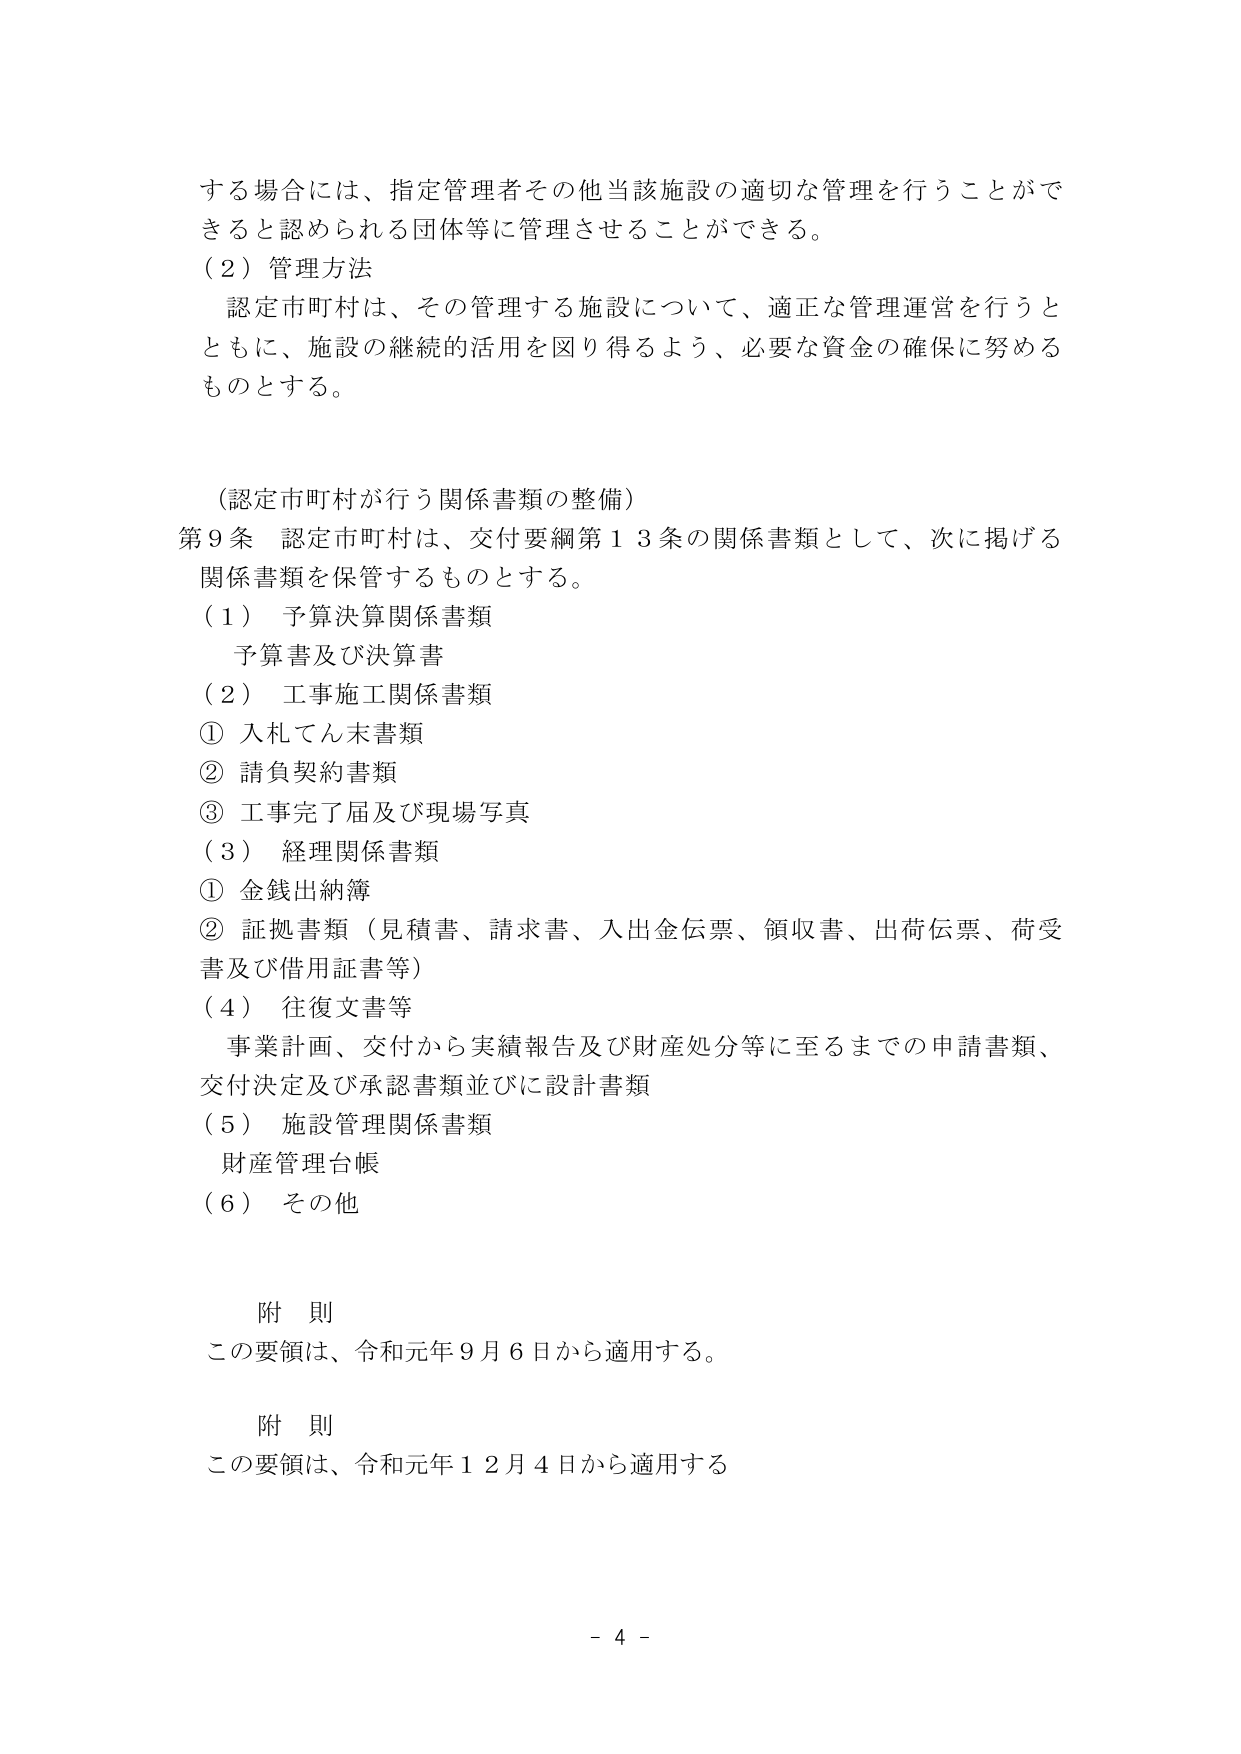
する場合には、指定管理者その他当該施設の適切な管理を行うことができると認められる団体等に管理させることができる。

（２）管理方法
認定市町村は、その管理する施設について、適正な管理運営を行うとともに、施設の継続的活用を図り得るよう、必要な資金の確保に努めるものとする。

（認定市町村が行う関係書類の整備）
第９条 認定市町村は、交付要綱第１３条の関係書類として、次に掲げる関係書類を保管するものとする。
（１） 予算決算関係書類
　予算書及び決算書
（２） 工事施工関係書類
① 入札てん末書類
② 請負契約書類
③ 工事完了届及び現場写真
（３） 経理関係書類
① 金銭出納簿
② 証拠書類（見積書、請求書、入出金伝票、領収書、出荷伝票、荷受書及び借用証書等）
（４） 往復文書等
　事業計画、交付から実績報告及び財産処分等に至るまでの申請書類、交付決定及び承認書類並びに設計書類
（５） 施設管理関係書類
　財産管理台帳
（６） その他

附 則
この要領は、令和元年９月６日から適用する。

附 則
この要領は、令和元年１２月４日から適用する

－ 4 －